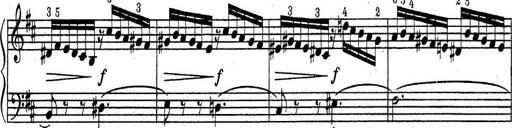
Title: ÄŒeskÃ© Sonatiny
Composer: Various